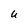
Character: U